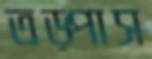
তড়্‌পাস